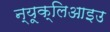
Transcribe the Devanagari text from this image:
न्यूक्लिआइउ